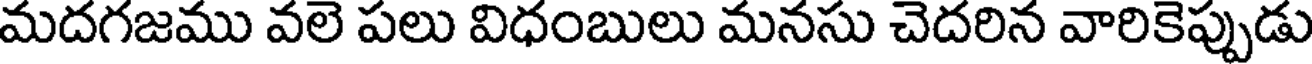
మదగజము వలె పలు విధంబులు మనసు చెదరిన వారికెప్పుడు